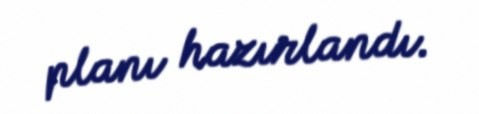
planı hazırlandı.